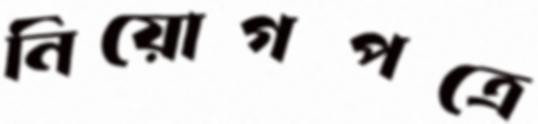
নিয়োগপত্রে